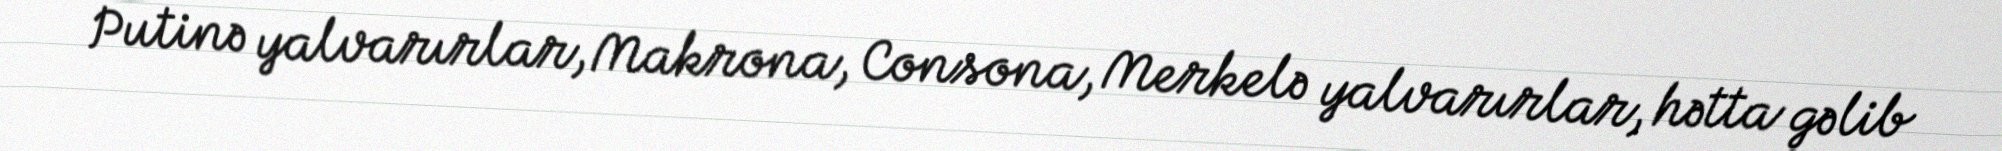
Putinə yalvarırlar, Makrona, Consona, Merkelə yalvarırlar, hətta gəlib